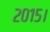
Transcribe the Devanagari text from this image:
२०१५।